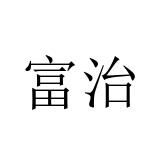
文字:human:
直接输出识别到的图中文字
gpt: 富治